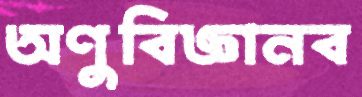
অণুবিজ্ঞানব